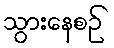
သွားနေစဉ်